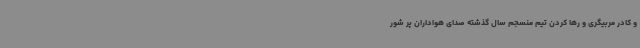
و کادر مربیگری و رها کردن تیم منسجم سال گذشته صدای هواداران پر شور